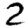
Digit: 2